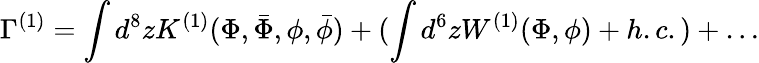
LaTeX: \Gamma^{(1)}=\int d^{8}zK^{(1)}(\Phi,\bar{\Phi},\phi,\bar{\phi})+(\int d^{6}zW^{(1)}(\Phi,\phi)+h.c.)+\ldots